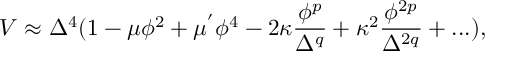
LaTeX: V \approx \Delta ^ { 4 } ( 1 - \mu \phi ^ { 2 } + \mu ^ { ' } \phi ^ { 4 } - 2 \kappa \frac { \phi ^ { p } } { \Delta ^ { q } } + \kappa ^ { 2 } \frac { \phi ^ { 2 p } } { \Delta ^ { 2 q } } + . . . ) ,